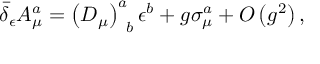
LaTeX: \bar { \delta } _ { \epsilon } A _ { \mu } ^ { a } = \left( D _ { \mu } \right) _ { \; \; b } ^ { a } \epsilon ^ { b } + g \sigma _ { \mu } ^ { a } + O \left( g ^ { 2 } \right) ,